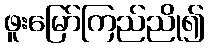
ဖူးမြော်ကြည်ညို၍